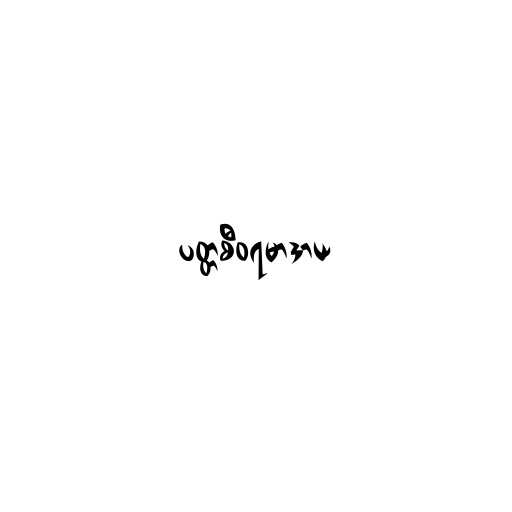
ပတ္တစီဝရမာဒာယ